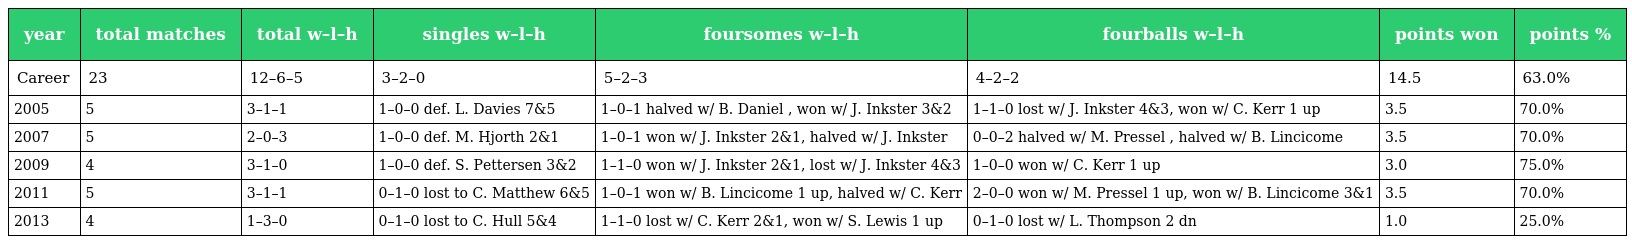
| year | total matches | total w–l–h | singles w–l–h | foursomes w–l–h | fourballs w–l–h | points won | points % |
 | --- | --- | --- | --- | --- | --- | --- | --- |
 | Career | 23 | 12–6–5 | 3–2–0 | 5–2–3 | 4–2–2 | 14.5 | 63.0% |
 | 2005 | 5 | 3–1–1 | 1–0–0 def. L. Davies 7&5 | 1–0–1 halved w/ B. Daniel , won w/ J. Inkster 3&2 | 1–1–0 lost w/ J. Inkster 4&3, won w/ C. Kerr 1 up | 3.5 | 70.0% |
 | 2007 | 5 | 2–0–3 | 1–0–0 def. M. Hjorth 2&1 | 1–0–1 won w/ J. Inkster 2&1, halved w/ J. Inkster | 0–0–2 halved w/ M. Pressel , halved w/ B. Lincicome | 3.5 | 70.0% |
 | 2009 | 4 | 3–1–0 | 1–0–0 def. S. Pettersen 3&2 | 1–1–0 won w/ J. Inkster 2&1, lost w/ J. Inkster 4&3 | 1–0–0 won w/ C. Kerr 1 up | 3.0 | 75.0% |
 | 2011 | 5 | 3–1–1 | 0–1–0 lost to C. Matthew 6&5 | 1–0–1 won w/ B. Lincicome 1 up, halved w/ C. Kerr | 2–0–0 won w/ M. Pressel 1 up, won w/ B. Lincicome 3&1 | 3.5 | 70.0% |
 | 2013 | 4 | 1–3–0 | 0–1–0 lost to C. Hull 5&4 | 1–1–0 lost w/ C. Kerr 2&1, won w/ S. Lewis 1 up | 0–1–0 lost w/ L. Thompson 2 dn | 1.0 | 25.0% |